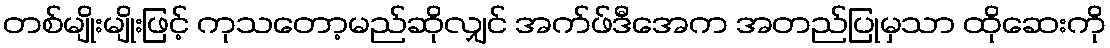
တစ်မျိုးမျိုးဖြင့် ကုသတော့မည်ဆိုလျှင် အက်ဖ်ဒီအေက အတည်ပြုမှသာ ထိုဆေးကို